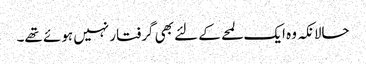
حالانکہ وہ ایک لمحے کے لئے بھی گرفتار نہیں ہوئے تھے۔